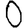
Digit: 0